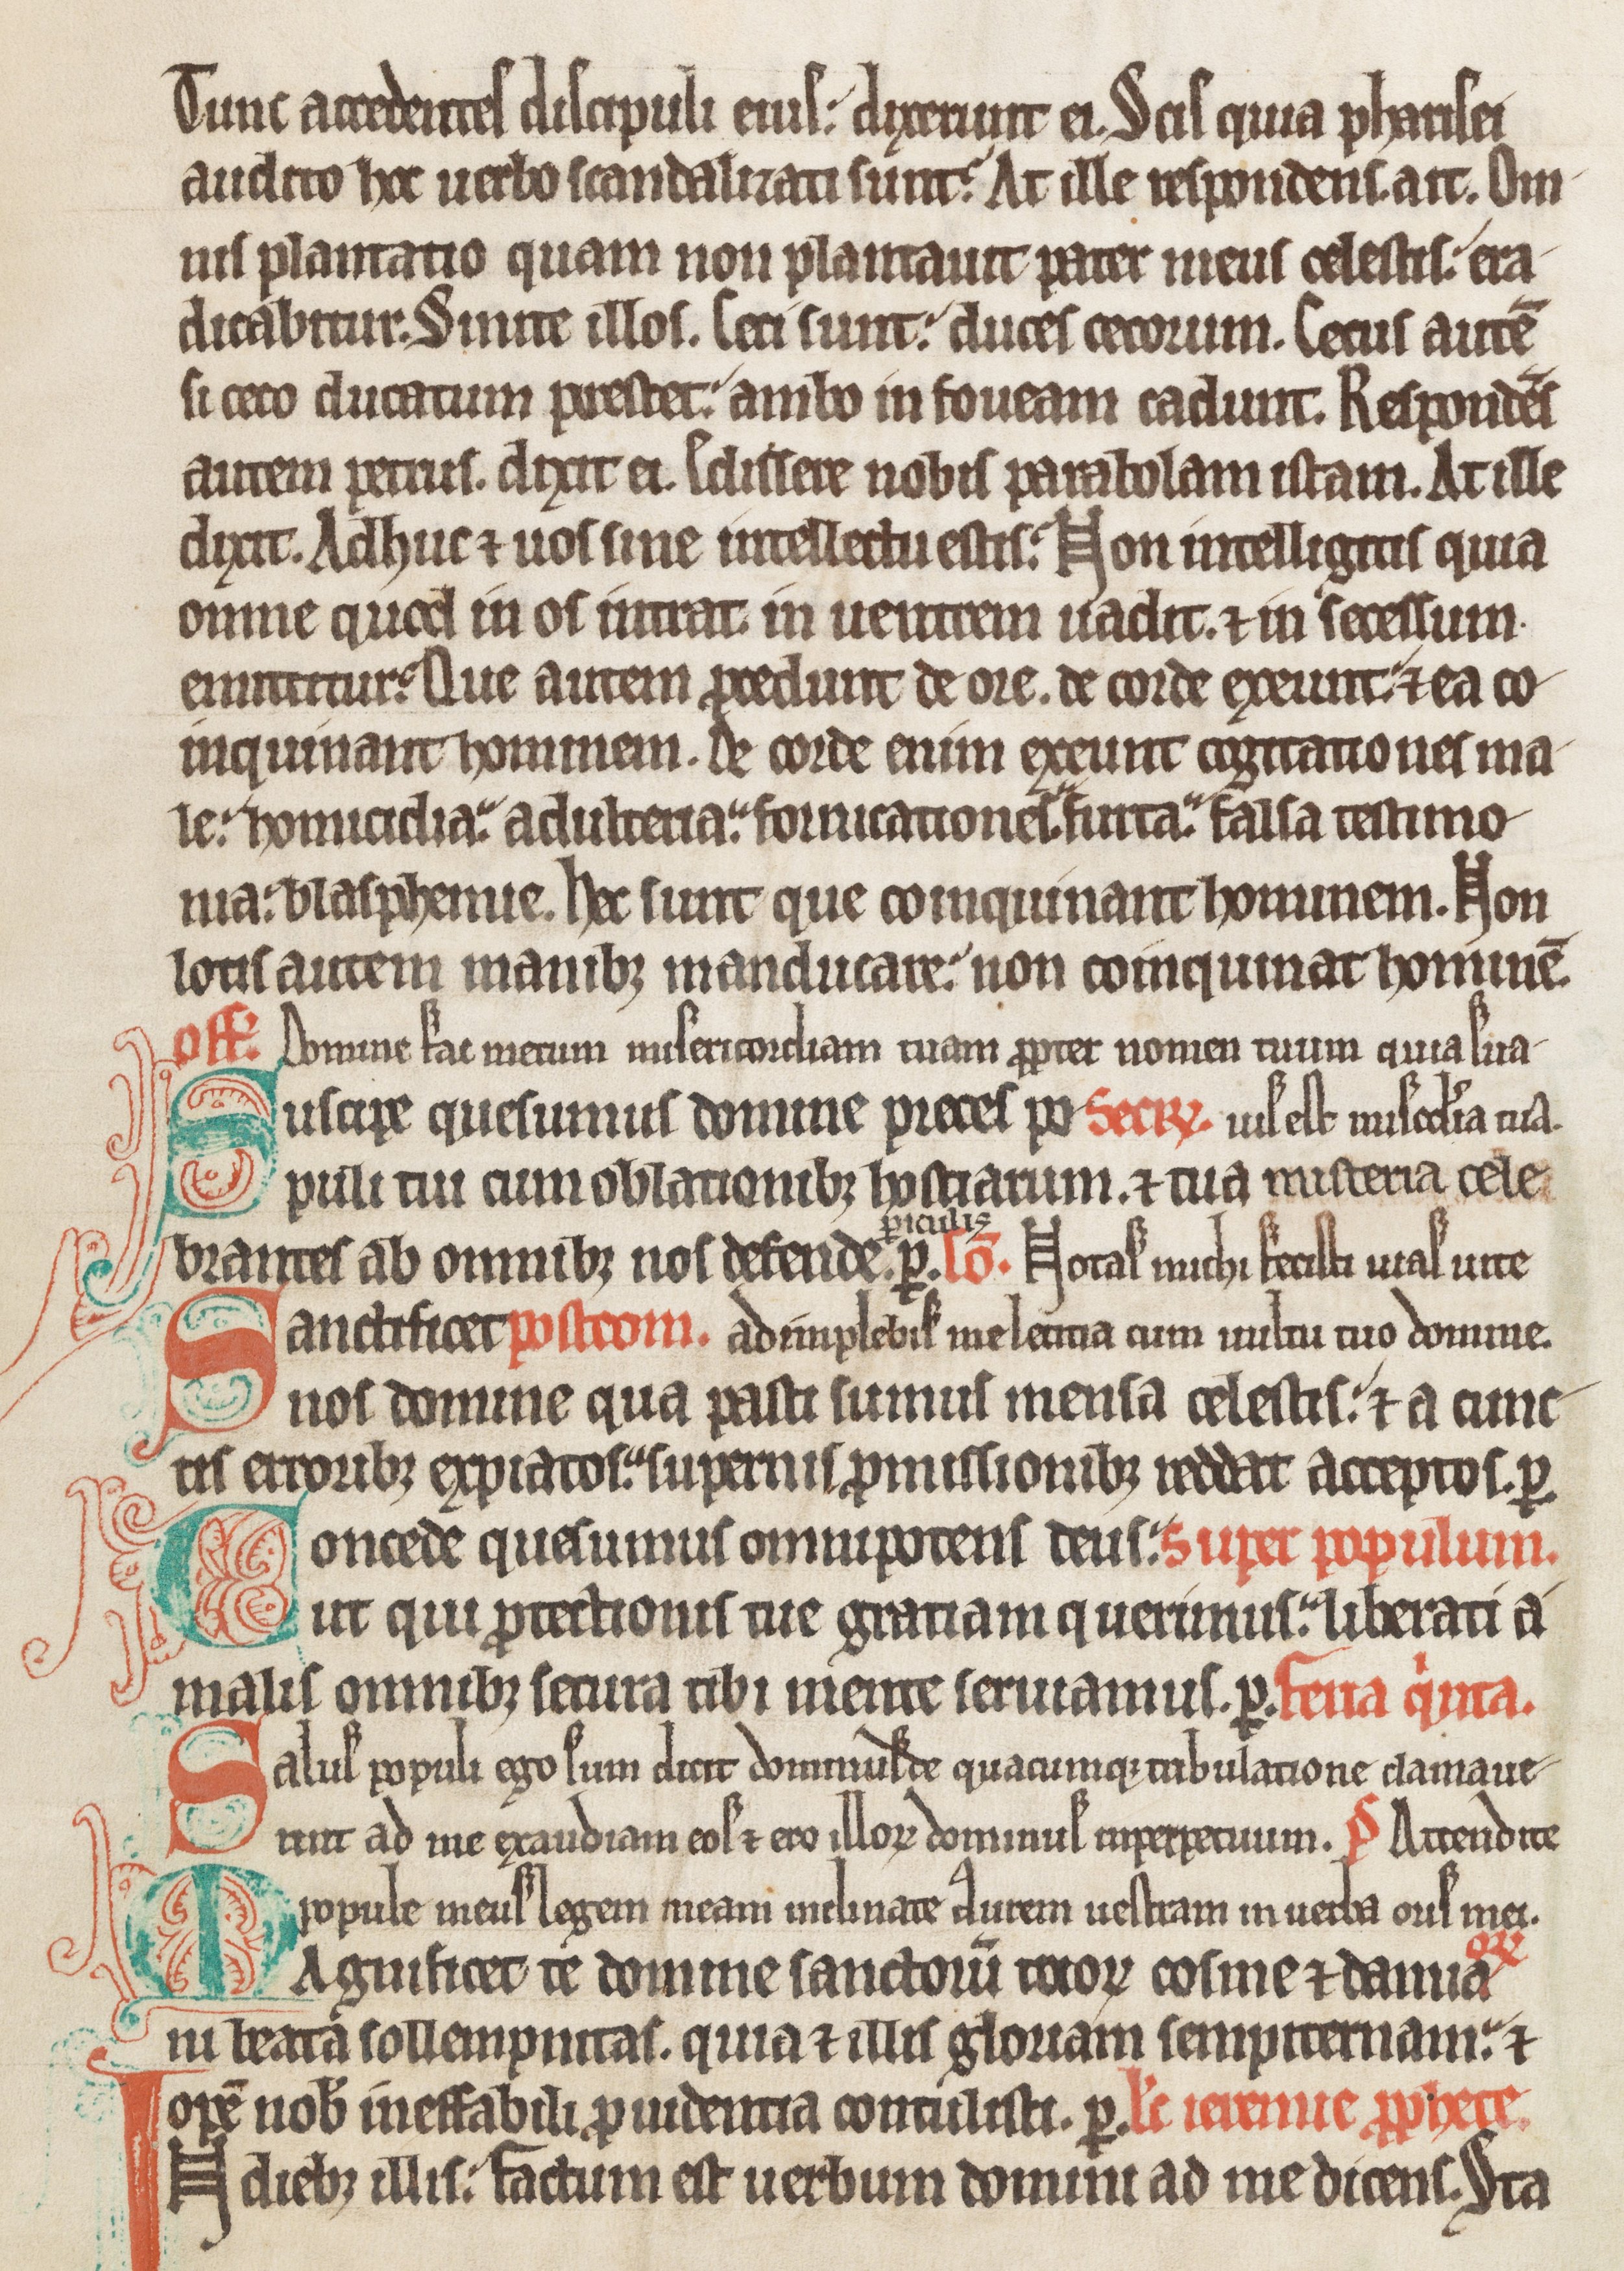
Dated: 1285–1315